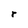
Character: r